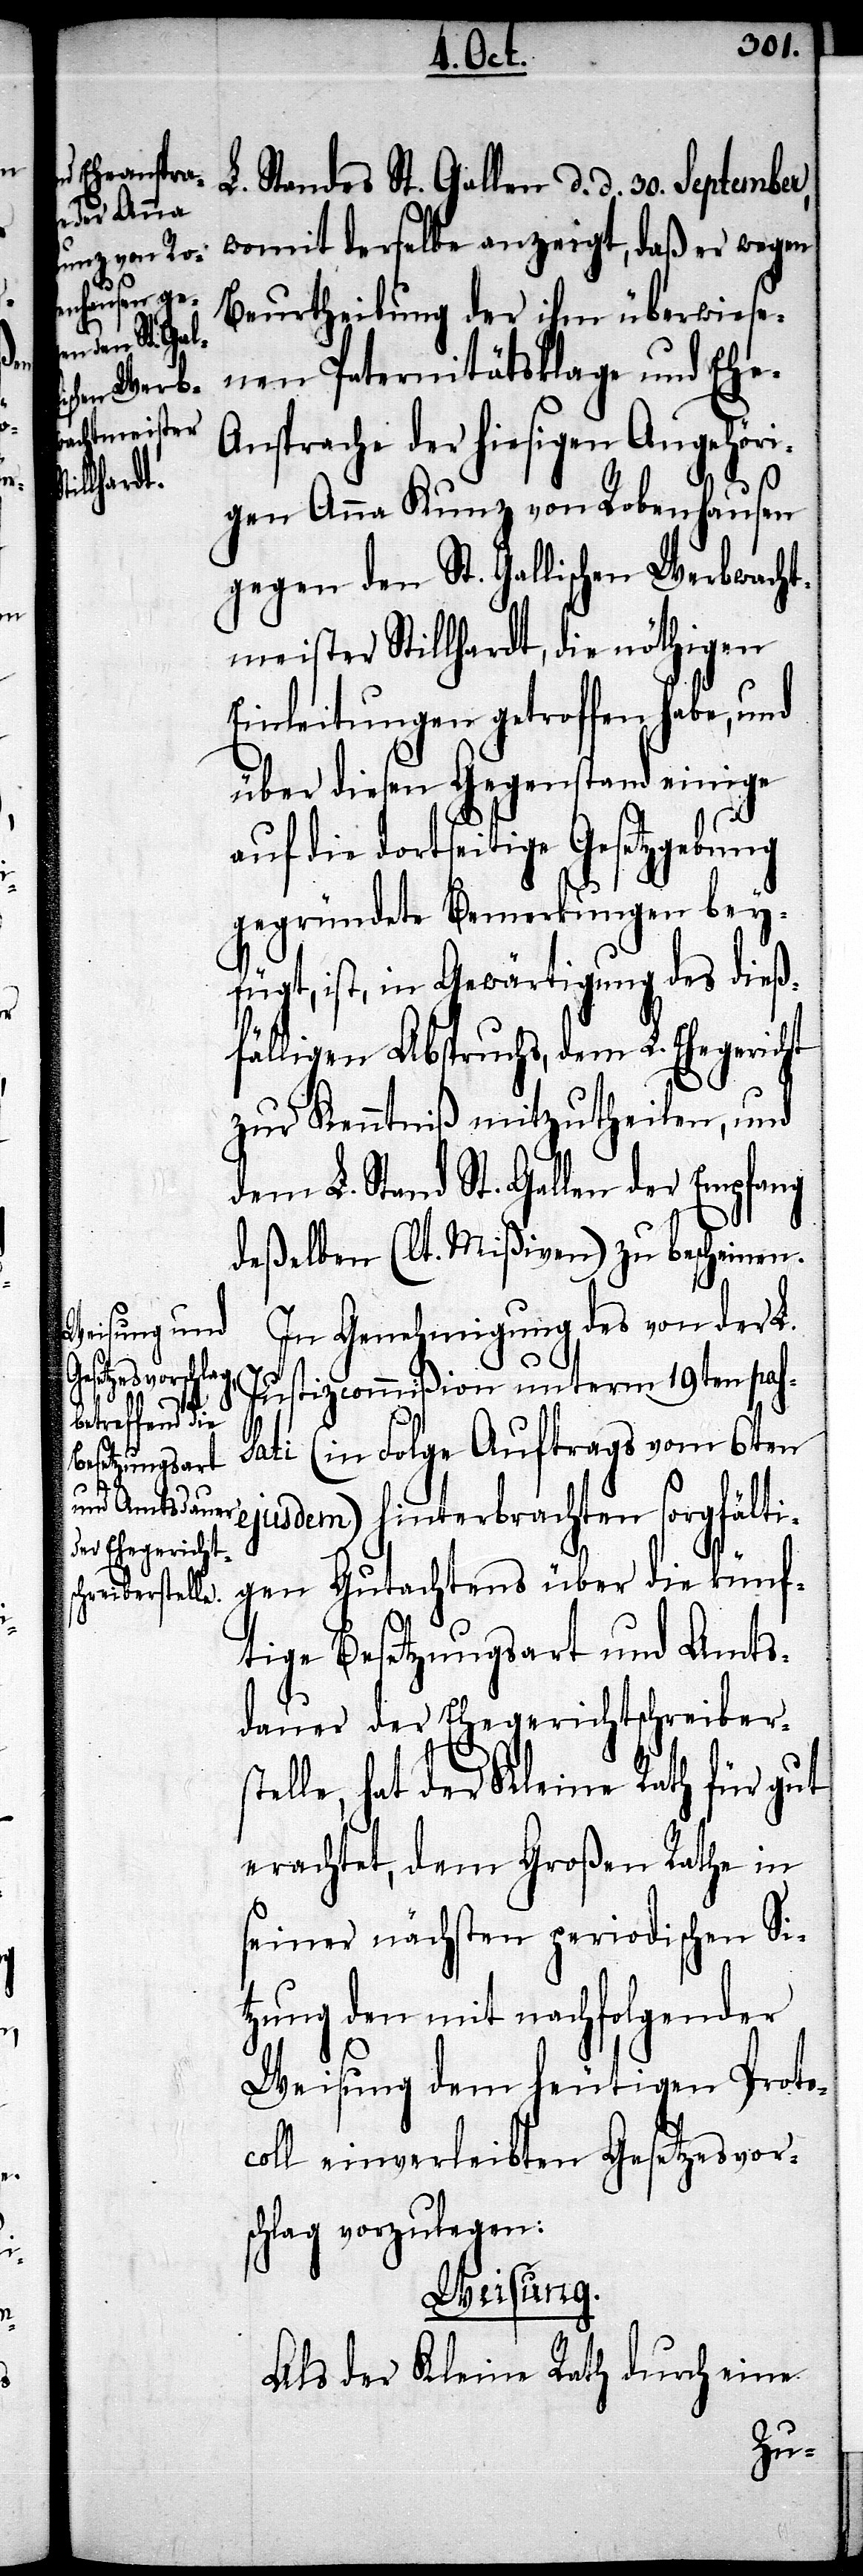
L. Standes St. Gallen d. d. 30. September,
womit derselbe anzeigt, daß er wegen
Beurtheilung der ihm überwiese¬
nen Paternitätsklage und Ehe-A¬
nsprache der hiesigen Angehöri¬
gen Anna Kunz von Robenhausen
gegen den St. Gallischen Werbwacht¬
meister Stillhardt, die nöthigen
Einleitungen getroffen habe, und
über diesen Gegenstand einige
auf die dortseitige Gesetzgebung
gegründete Bemerkungen beyge¬
fügt, ist, in Gewärtigung des dieß¬
fälligen Abspruchs, dem L. Ehegericht
zur Kenntniß mitzutheilen, und
dem L. Stand St. Gallen der Empfang
derselben (lt. Mißiven) zu bescheinen.
In Genehmigung des von der L.
Justizcommißion unterm 19ten pas¬
sati (in Folge Auftrags vom 6ten
ejusdem) hinterbrachten sorgfälti¬
gen Gutachtens über die künf¬
tige Besetzungsart und Amts¬
dauer der Ehegerichtschreibers¬
telle, hat der Kleine Rath für gut
erachtet, dem Großen Rathe in
seiner nächsten periodischen Si¬
tzung den mit nachfolgender
Weisung dem heutigen Proto¬
coll einverleibten Gesetzesvor¬
schlag vorzulegen:
Weisung.
Als der Kleine Rath durch eine